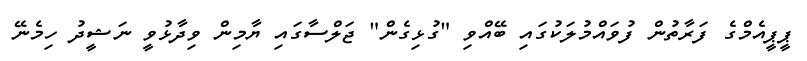
ޕީޕީއެމްގެ ފަރާތުން ފުވައްމުލަކުގައި ބޭއްވި "ގުޅިގެން" ޖަލްސާގައި ޔާމިން ވިދާޅުވީ ނަޝީދު ހިމެނޭ